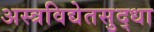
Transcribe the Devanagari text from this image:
अस्त्रविद्येतसुद्धा